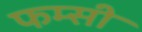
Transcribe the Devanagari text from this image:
फम्सी